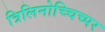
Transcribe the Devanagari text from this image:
त्रिलिनोच्चिच्पर